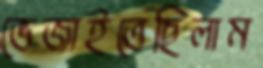
ভেজাইতেছিলাম